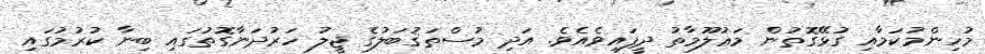
މުހިންމުކަމާއި ގުޅޭގޮތުން މަޢުލޫމާތު ދީފައިވެއެވެ. އަދި މުސްތަޤުބަލުގެ ޖީލު ހަރުދަނާގޮތުގައި ބިނާ ކުރުމުގައި